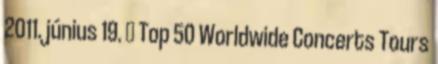
2011. június 19. ↑ Top 50 Worldwide Concerts Tours